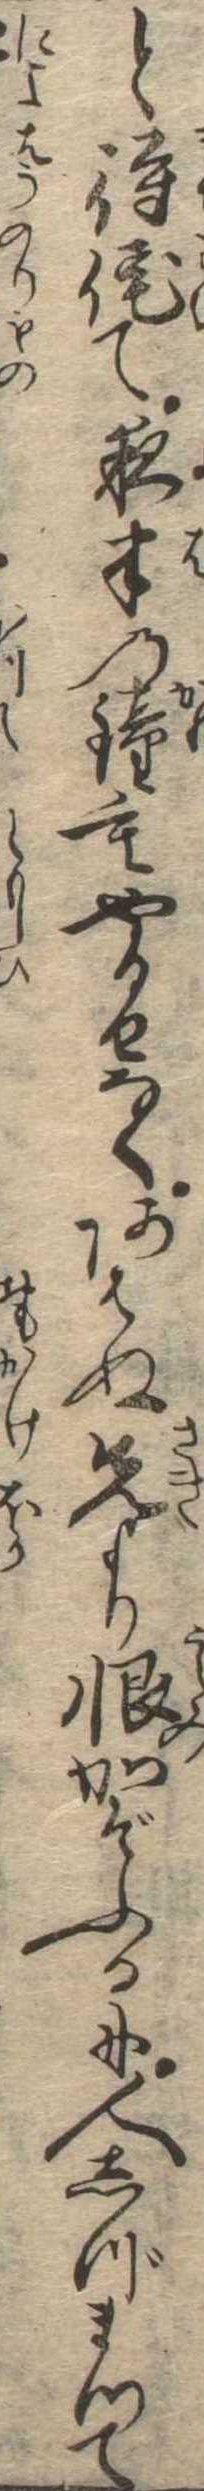
と待侘て夜半の鐘もやるせなくあはぬ先より恨かぞふるに人しづまつて